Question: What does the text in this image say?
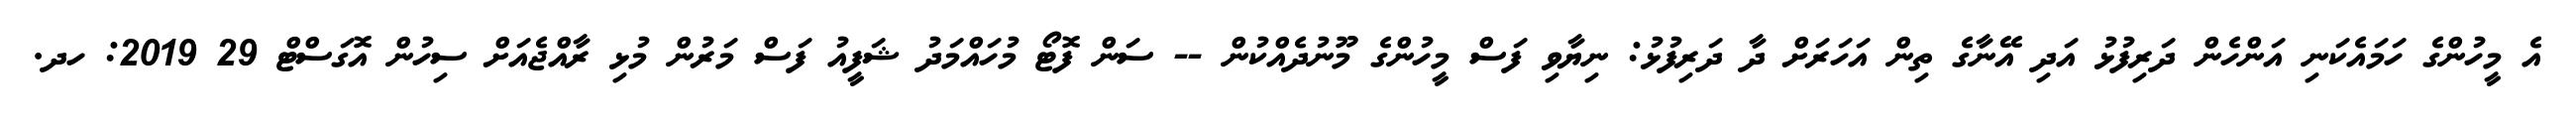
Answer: އެ މީހުންގެ ހަމައެކަނި އަންހެން ދަރިފުޅު އަދި އޭނާގެ ތިން އަހަރަށް ދާ ދަރިފުޅު: ނިޔާވި ފަސް މީހުންގެ މޫނުދެއްކުން -- ސަން ފޮޓޯ މުހައްމަދު ޝަފީއު ފަސް މަރުން މުޅި ރާއްޖެއަށް ސިހުން އޮގަސްޓް 29 2019: ހދ.